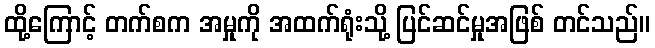
ထို့ကြောင့် တက်စက အမှုကို အထက်ရုံးသို့ ပြင်ဆင်မှုအဖြစ် တင်သည်။